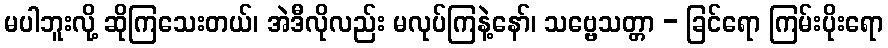
မပါဘူးလို့ ဆိုကြသေးတယ်၊ အဲဒီလိုလည်း မလုပ်ကြနဲ့နော်၊ သဗ္ဗေသတ္တာ - ခြင်ရော ကြမ်းပိုးရော